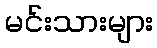
မင်းသားများ